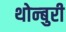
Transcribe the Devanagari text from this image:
थोन्बुरी